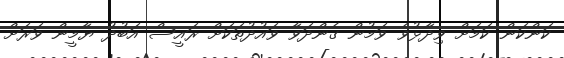
ކަންކަން ކަމަށް ވިދާޅުވެ ވަމުން ގެންދަވާ ވައުދުތަކަށް ރައީސް އަބުދު ޔާމީން ވަރަށް